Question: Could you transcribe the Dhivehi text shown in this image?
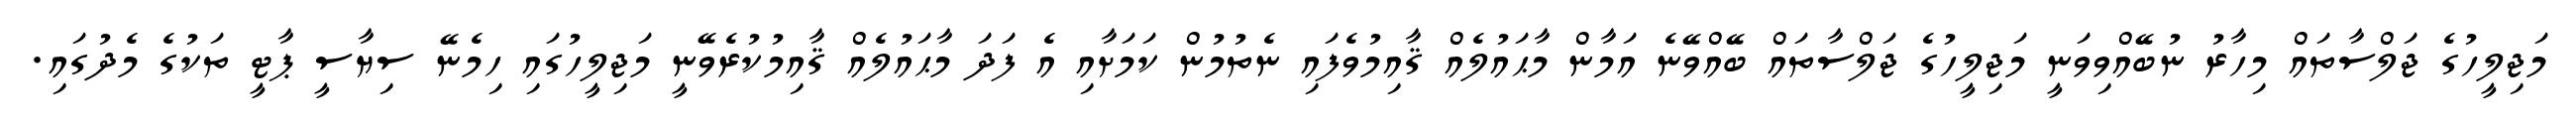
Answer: މަޖިލީހުގެ ޖަލްސާތައް މިހާރު ނުބޭއްވިވަނީ މަޖިލީހުގެ ޖަލްސާތައް ބޭއްވޭނެ އަމާން މާޙައުލެއް ޤާއިމުވެފައި ނެތުމުން ކަމަށާއި އެ ފަދަ މާޙައުލެއް ޤާއިމުކުރެވޭނީ މަޖިލީހުގައި ހިމެނޭ ސިޔާސީ ޕާޓީ ތަކުގެ މެދުގައި.